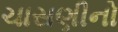
ચાસણીનો